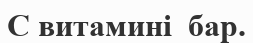
С витамині  бар.